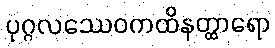
ပုဂ္ဂလဿေဝကထိနတ္ထာရော